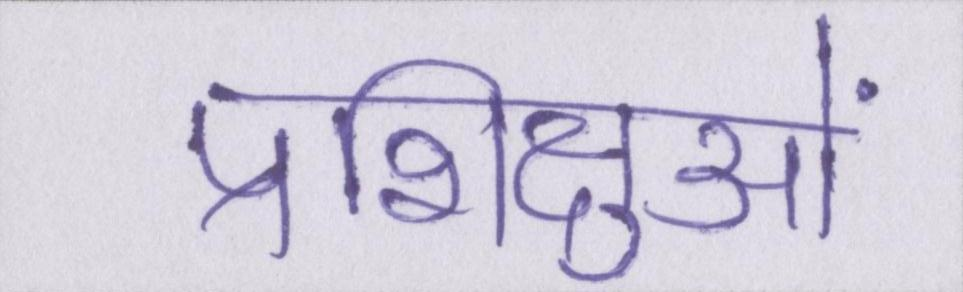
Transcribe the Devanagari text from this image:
प्रशिक्षुओं